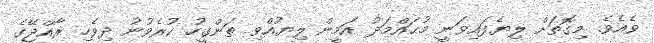
ވެއެވެ. މިގޮތަށް ލިޔެފައިވަނީ މުޙައްމަދު އަމީން ލިޔުއްވި ތަންގީހު ކުރެވުނު ދިވެހި ރާއްޖޭގެ